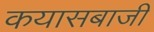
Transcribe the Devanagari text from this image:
कयासबाजी